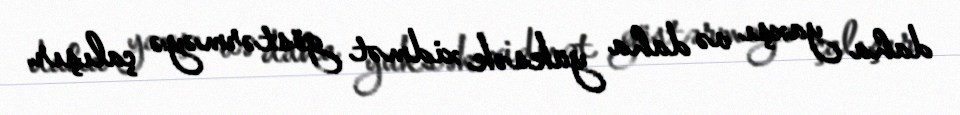
daha yaxşı və daha yüksək xidmət göstərməyə çalışır.